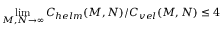
\operatorname* { l i m } _ { M , N \rightarrow \infty } C _ { h e l m } ( M , N ) / C _ { v e l } ( M , N ) \leq 4